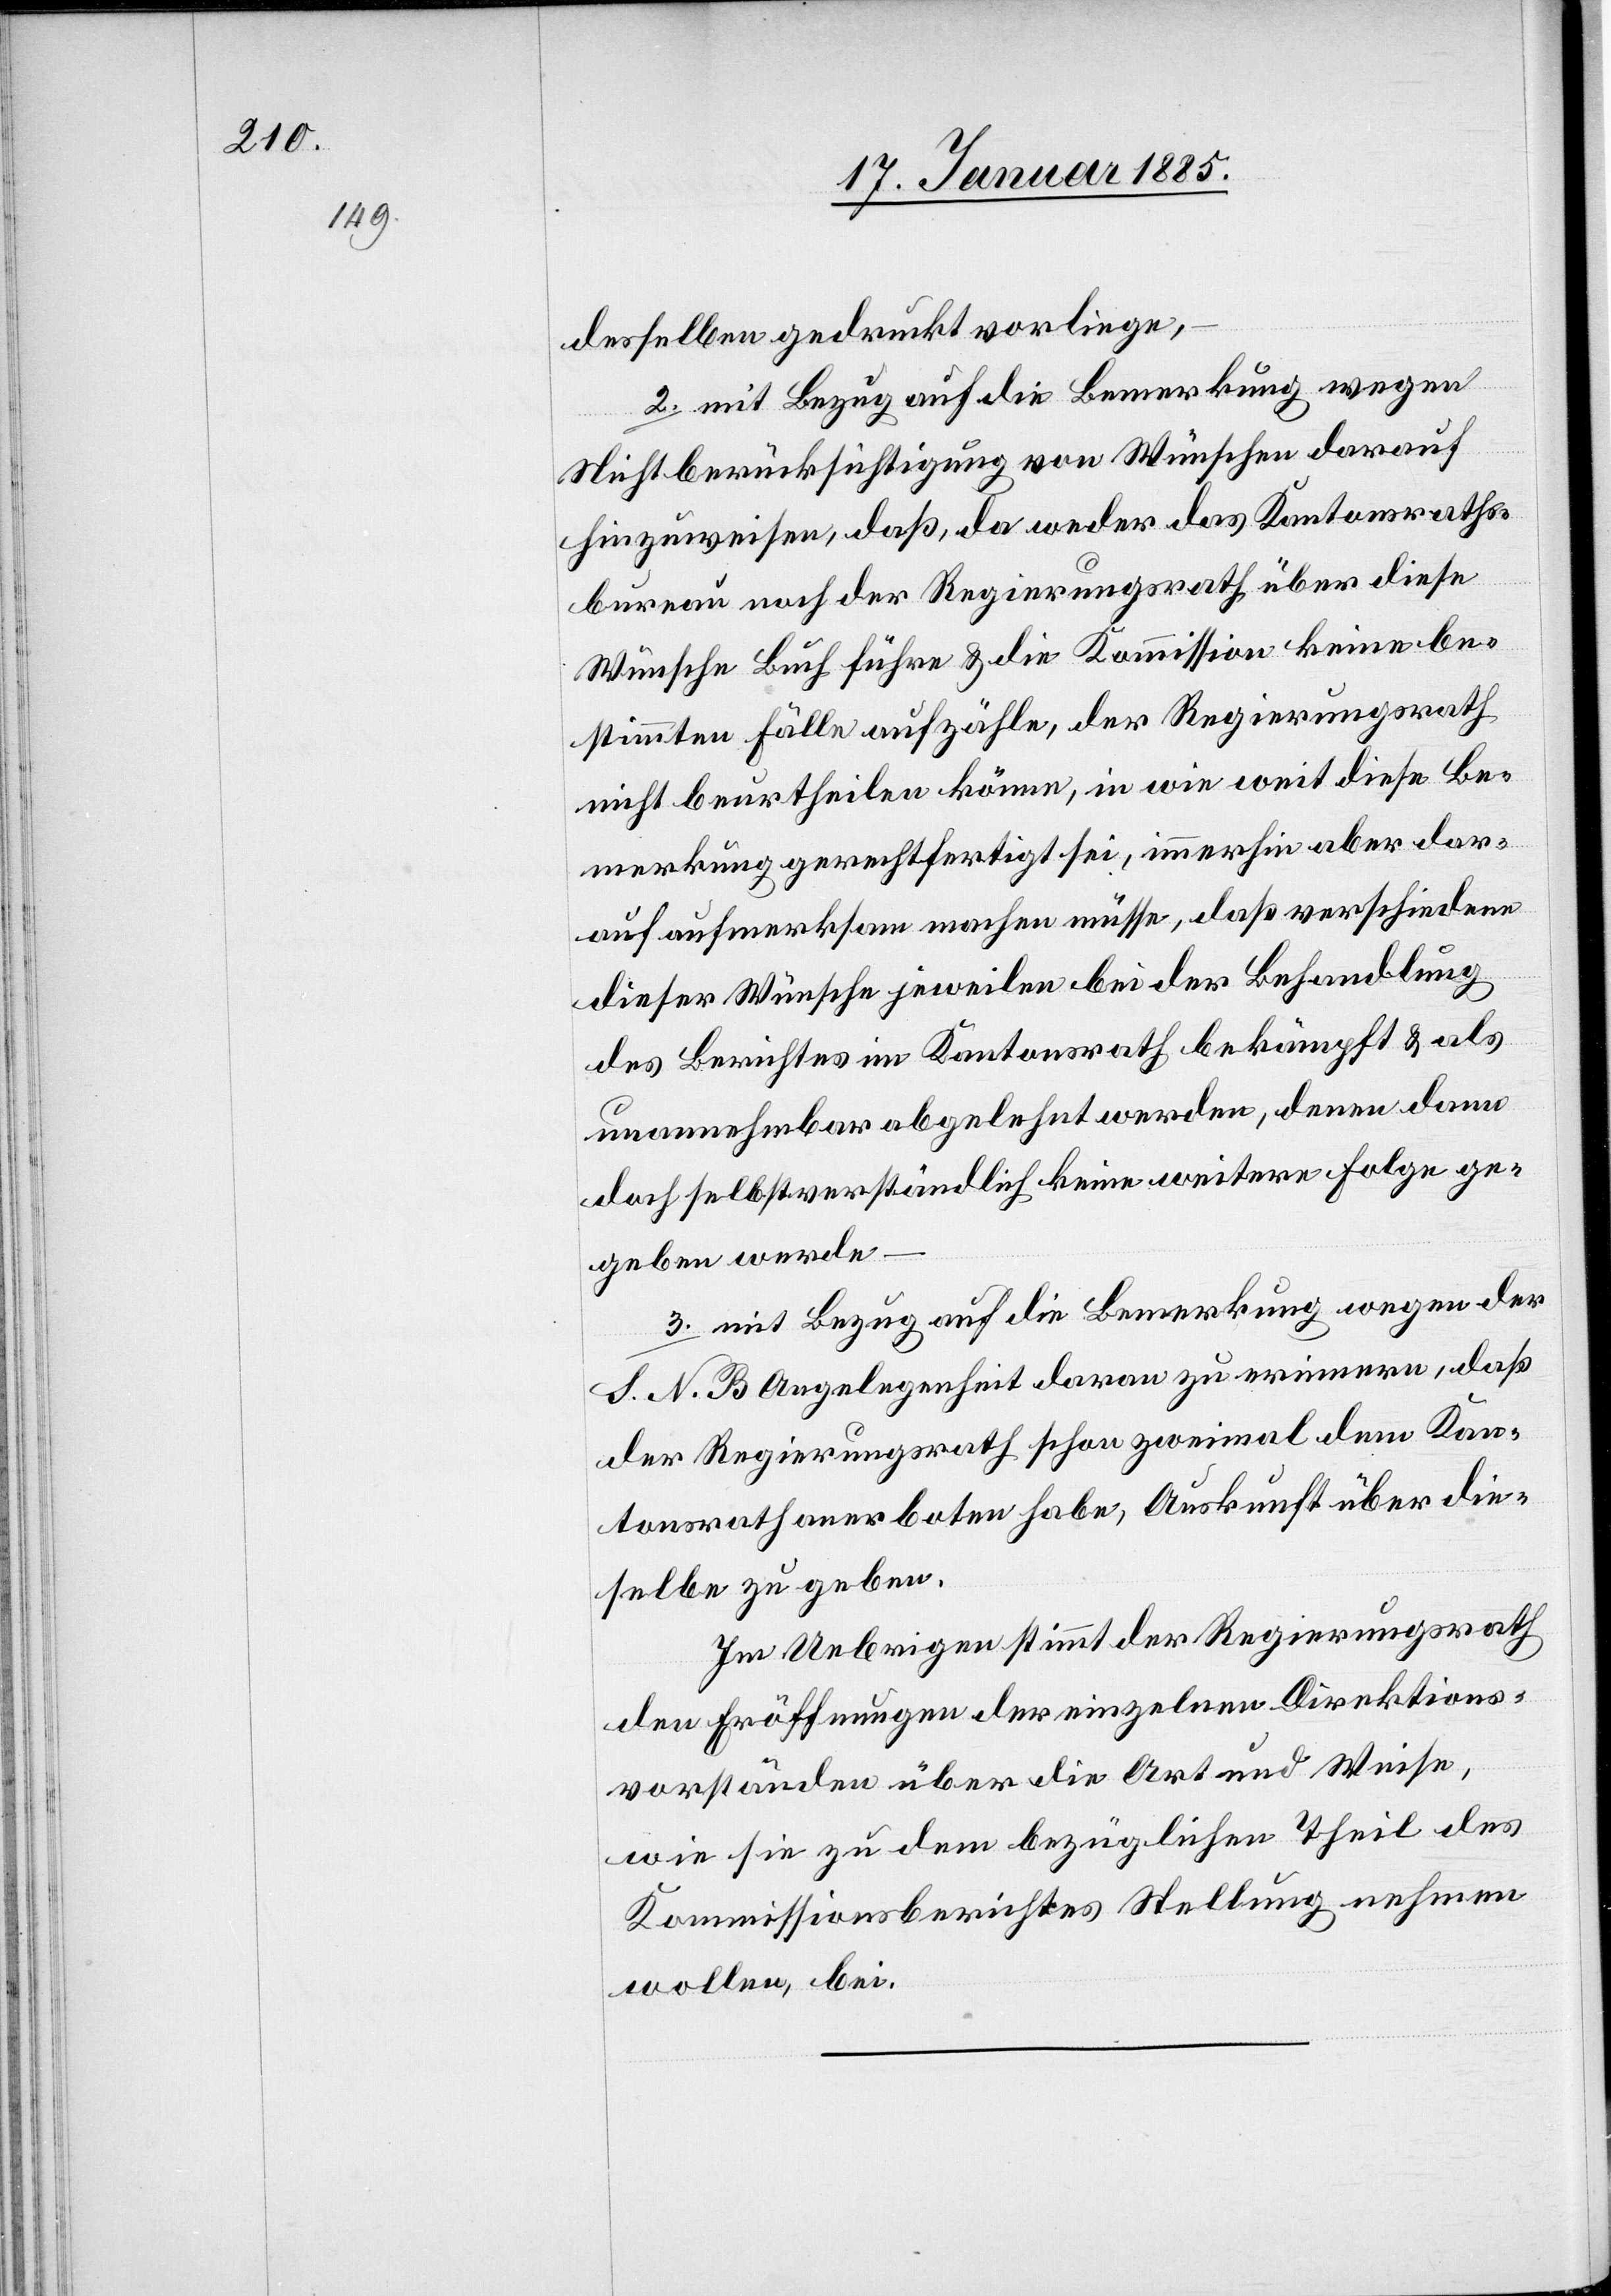
desselben gedruckt vorliegen,
2. mit Bezug auf die Bemerkung wegen
Nichtberücksichtigung von Wünschen darauf
hinzuweisen, daß, da weder das Kantonsraths¬
bureau noch der Regierungsrath über diese
Wünsche Buch führen & die Kommission keine be¬
stimmten Fälle aufzähle, der Regierungsrath
nicht beurtheilen könne, in wie weit diese Be¬
merkung gerechtfertigt sei, immerhin aber dar¬
auf aufmerksam machen müsse, daß verschiedene
dieser Wünsche jeweilen bei der Behandlung
des Berichtes im Kantonsrath bekämpft & als
unannehmbar abgelehnt werden, denen dann
doch selbstverständlich keine weitere Folge ge¬
geben werde
3. mit Bezug auf die Bemerkung wegen der
S. N. B. Angelegenheit daran zu erinnern, daß
der Regierungsrath schon zweimal dem Kan¬
tonsrath anerboten habe, Auskunft über die¬
selbe zu geben.
Im Uebrigen stimmt der Regierungsrath
den Eröffnungen der einzelnen Direktions¬
vorständen über die Art und Weise,
wie sie zu dem bezüglichen Theil des
Kommissionsberichtes Stellung nehmen
wolle, bei.